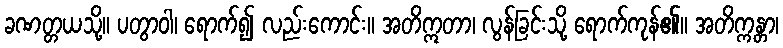
ခဏတ္တယသို့။ ပတွာဝါ၊ ရောက်၍ လည်းကောင်း။ အတိဣတာ၊ လွန်ခြင်းသို့ ရောက်ကုန်၏။ အတိက္ကန္တာ၊